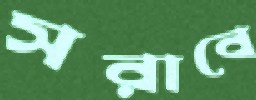
সরাবে